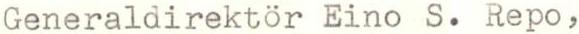
Generaldirektor Eino S. Repo,